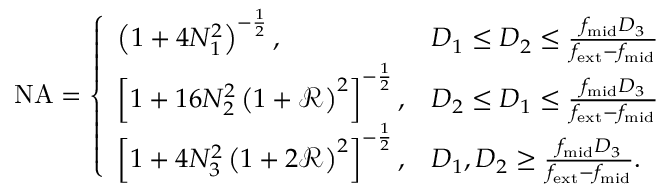
\begin{array} { r } { \mathrm { N A } = \left\{ \begin{array} { l l } { \left( 1 + 4 N _ { 1 } ^ { 2 } \right) ^ { - \frac { 1 } { 2 } } , } & { D _ { 1 } \leq D _ { 2 } \leq \frac { f _ { \mathrm { m i d } } D _ { 3 } } { f _ { \mathrm { e x t } } - f _ { \mathrm { m i d } } } } \\ { \left[ 1 + 1 6 N _ { 2 } ^ { 2 } \left( 1 + \mathcal { R } \right) ^ { 2 } \right] ^ { - \frac { 1 } { 2 } } , } & { D _ { 2 } \leq D _ { 1 } \leq \frac { f _ { \mathrm { m i d } } D _ { 3 } } { f _ { \mathrm { e x t } } - f _ { \mathrm { m i d } } } } \\ { \left[ 1 + 4 N _ { 3 } ^ { 2 } \left( 1 + 2 \mathcal { R } \right) ^ { 2 } \right] ^ { - \frac { 1 } { 2 } } , } & { D _ { 1 } , D _ { 2 } \geq \frac { f _ { \mathrm { m i d } } D _ { 3 } } { f _ { \mathrm { e x t } } - f _ { \mathrm { m i d } } } . } \end{array} \right. } \end{array}